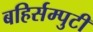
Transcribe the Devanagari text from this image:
बहिर्सम्पुटी